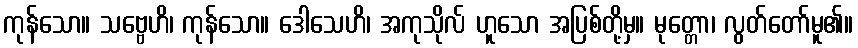
ကုန်သော။ သဗ္ဗေဟိ၊ ကုန်သော။ ဒေါသေဟိ၊ အကုသိုလ် ဟူသော အပြစ်တို့မှ။ မုတ္တော၊ လွတ်တော်မူ၏။